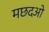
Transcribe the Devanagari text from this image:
मछदओ